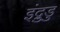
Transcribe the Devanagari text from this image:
इंद्रुडु